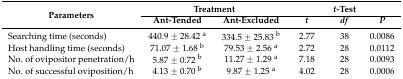
<table><thead><tr><td rowspan="2"><b>Parameters</b></td><td colspan="2"><b>Treatment</b></td><td colspan="3"><b><i>t</i>-Test</b></td></tr><tr><td><b>Ant-Tended</b></td><td><b>Ant-Excluded</b></td><td><b><i>t</i></b></td><td><b><i>df</i></b></td><td><b><i>P</i></b></td></tr></thead><tbody><tr><td>Searching time (seconds)</td><td>440.9 ± 28.42 <sup>a</sup></td><td>334.5 ± 25.83 <sup>b</sup></td><td>2.77</td><td>38</td><td>0.0086</td></tr><tr><td>Host handling time (seconds)</td><td>71.07 ± 1.68 <sup>b</sup></td><td>79.53 ± 2.56 <sup>a</sup></td><td>2.72</td><td>28</td><td>0.0112</td></tr><tr><td>No. of ovipositor penetration/h</td><td>5.87 ± 0.72 <sup>b</sup></td><td>11.27 ± 1.29 <sup>a</sup></td><td>7.18</td><td>28</td><td>0.0093</td></tr><tr><td>No. of successful oviposition/h</td><td>4.13 ± 0.70 <sup>b</sup></td><td>9.87 ± 1.25 <sup>a</sup></td><td>4.02</td><td>28</td><td>0.0006</td></tr></tbody></table>